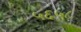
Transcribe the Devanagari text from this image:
५६५८